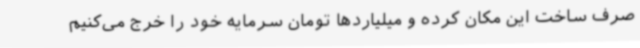
صرف ساخت این مکان کرده و میلیاردها تومان سرمایه خود را خرج می‌کنیم